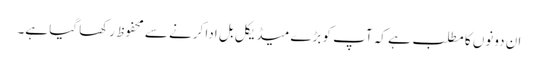
ان دونوں کا مطلب ہے کہ آپ کو بڑے میڈیکل بل ادا کرنے سے محفوظ رکھا گیا ہے۔